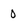
Character: 0